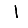
Digit: 1